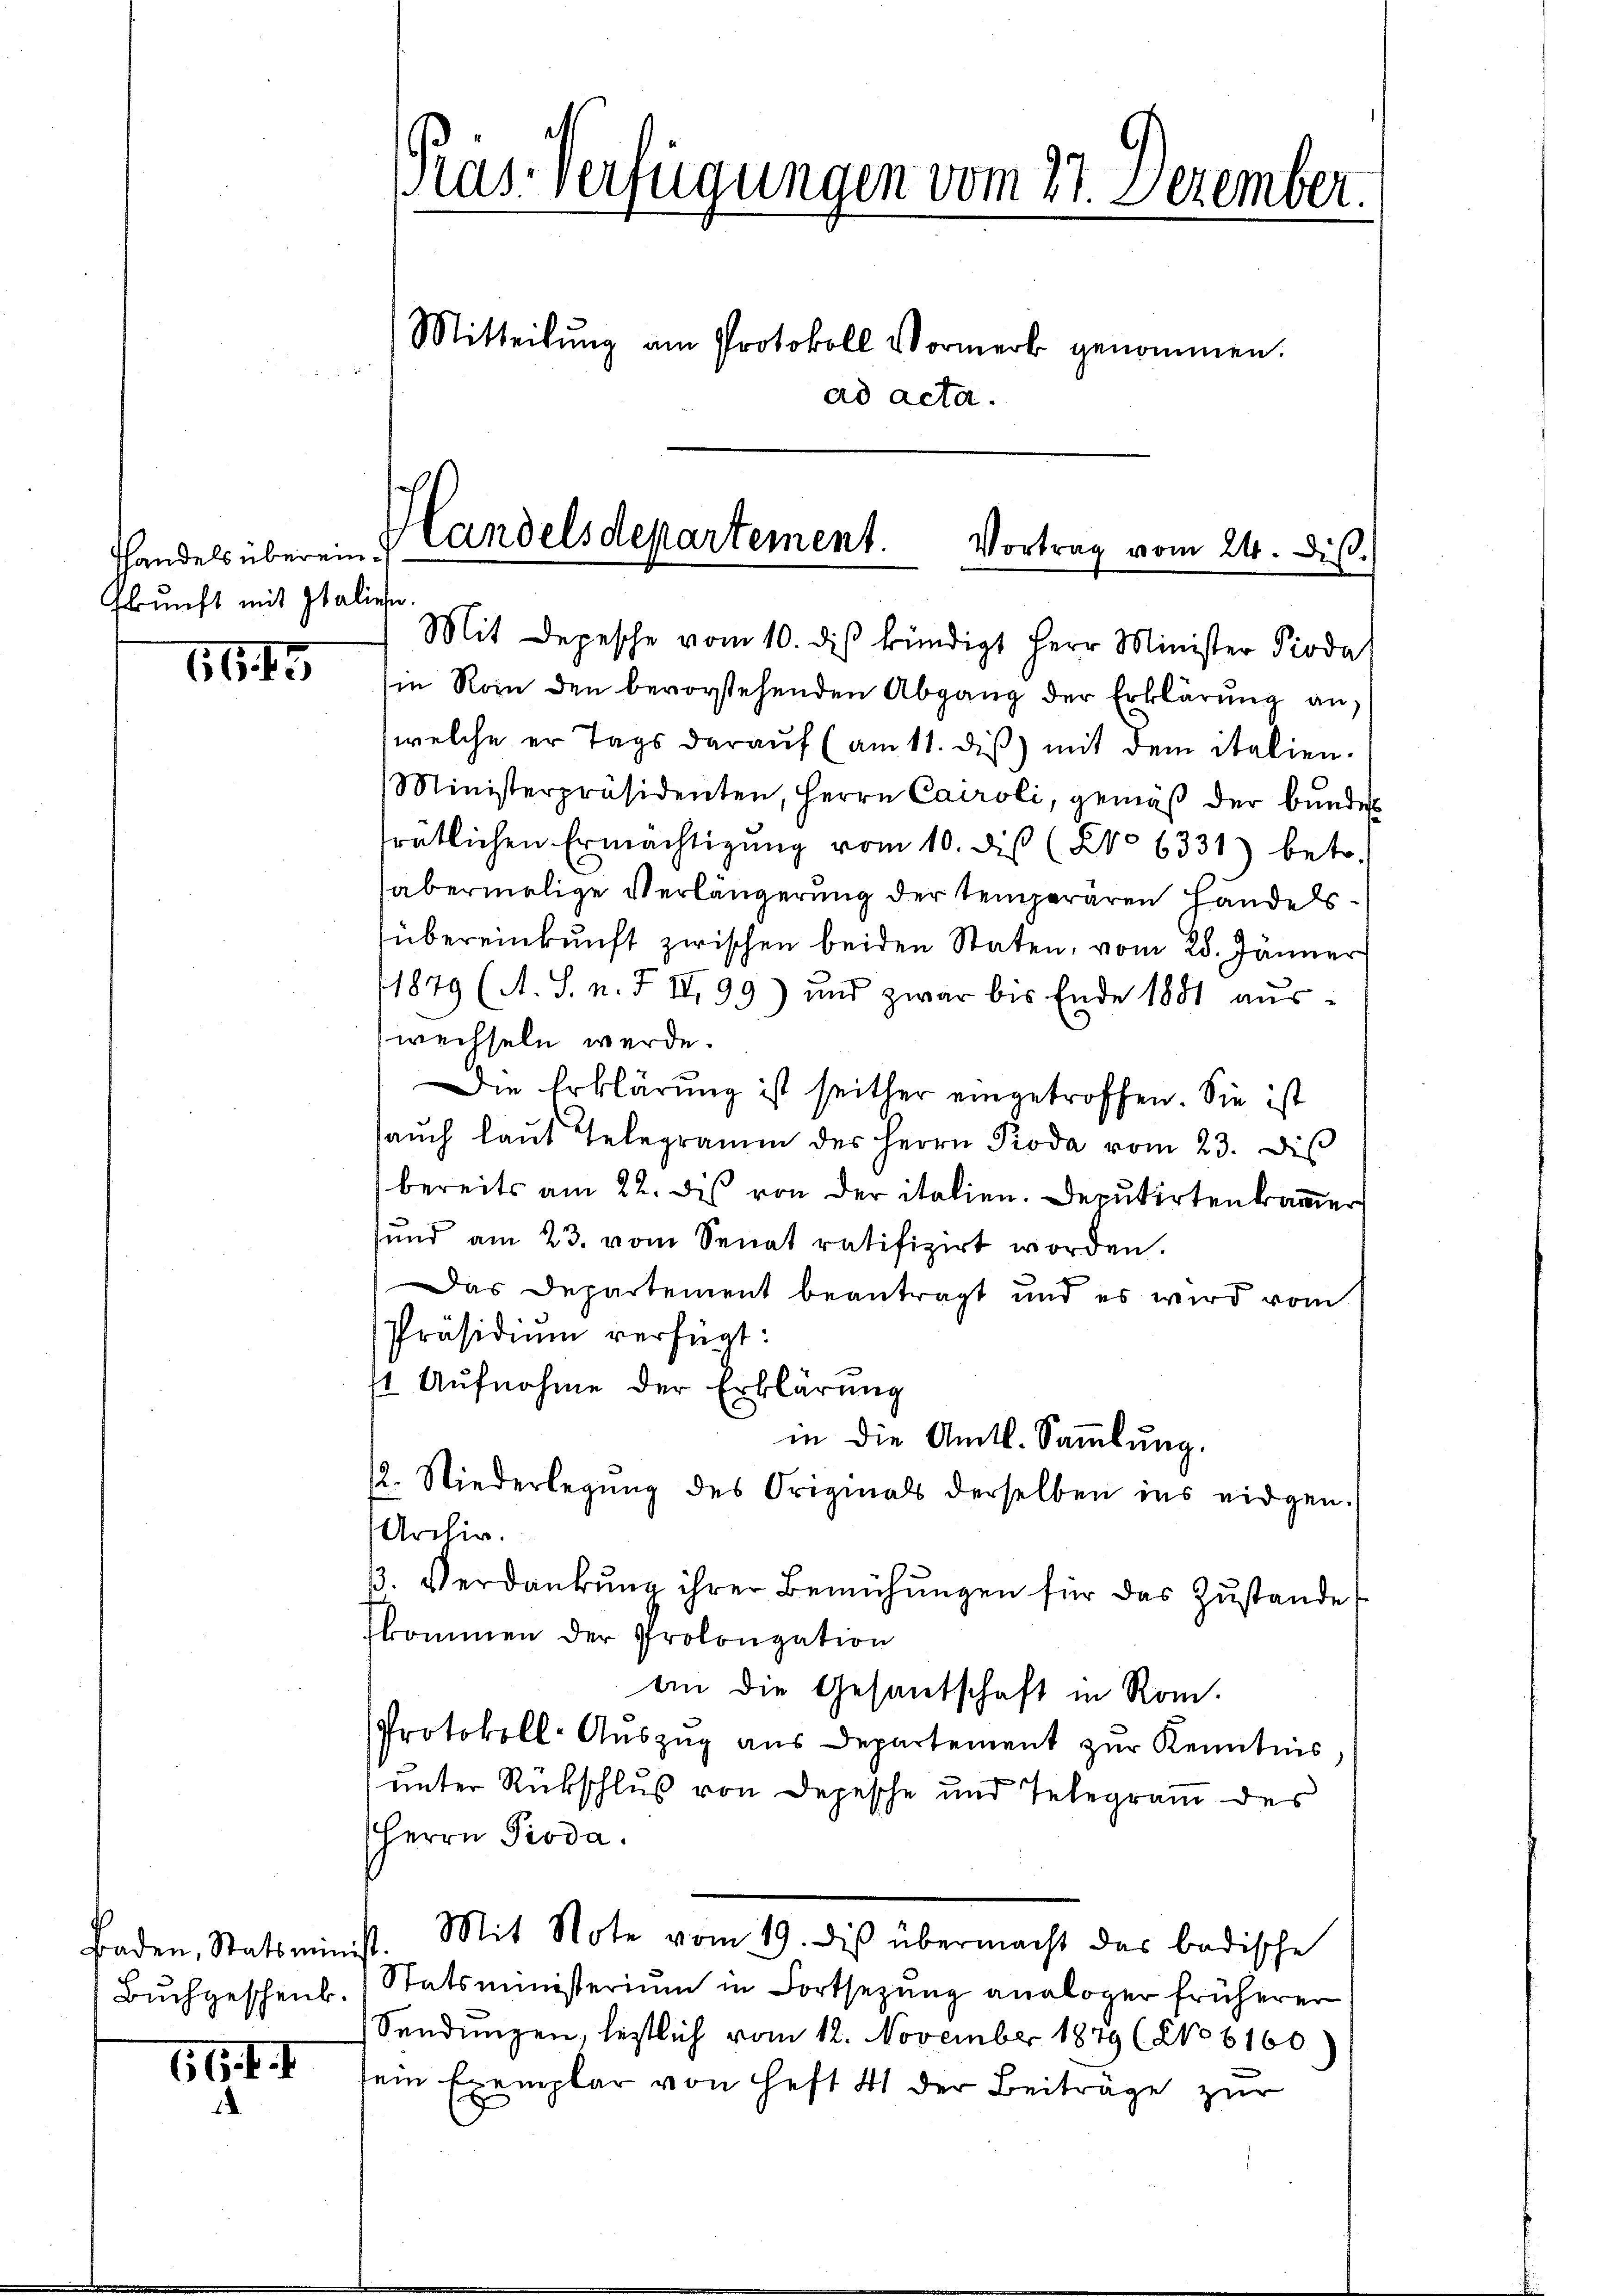
handels überein.
Ekunft mit Italiese

1645

Baden, Statsmini
Buchgeschenk.

116 f. I

Präs. Verfügungen vom 27. Dezember.
Mitteilŭng am Protokoll Vormerk genommen.
ad acta.

Landelsdepartement.
Vortrag vom 24. dis.
Mit Depesche vom 10. dis kündigt Herr Minister Pioda

in Roin den bevorstehenden Abgang der Erklärŭng an,
welche er Tags darauf (am 11. diβ mit dem italien.
Ministerpräsidenten, Herrn Caroli, gemäβ der Bŭnde
ratlichen Ermächtigŭng vom 10. dis (No 6331) betr.
abermalige Verlängerung der temperaren Handelsübereinkunft zwischen beiden Staten, vom 28. Jänner
1879 (A. S. n. F. IV 99) und zwar bis Ende 1881 aŭs-
wechseln werde.
Die Erklärung ist seither eingetroffen. Sie ist
auch laut Telegramm des Herrn Proda vom 23. Dis
bereits am 22. des von der italien. Deputirten kamer
sund am 23. vom Senat ratifizirt worden.
Das Departement beantragt und es wird vom
Präsidium verfügt:
st Aufnahme der Erklärung
in die Amtl. Sammlung.
2. Niederlegŭng des Originals derselben ins eidgen.
Archiv.
3. Verdankŭng ihrer Bemühŭngen für das Zustande
fkommen der Prolongation
an die Gesandschaft in Rom.
Protokoll-Auszug aus Departement zur Kenntnis
unter Rückschluß von Depesche und Telegram des
Herrn Pioda.
Mit Note vom 19. dis übermacht das badische
s.
Statsministerium in Fortsezung analoger früherer
Sendungen, lestlich vom 12. November 1849 (2106160)
sein Exemplar von Heft 41 der Beiträge zur